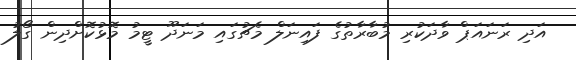
އަދި ރަނައަޕް ވާދަކުރި މުބާރާތުގެ ފައިނަލް މެޗުގައި މަނަދޫ ޓީމު މޮޅުކޮށްދިން ގޯލު